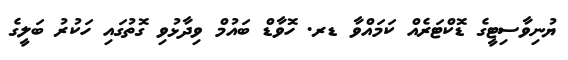
ޔުނިވާސިޓީގެ ޑޮކްޓަރެއް ކަމައްވާ ޑރ. ހޮވާޑް ބައުމް ވިދާޅުވި ގޮތުގައި ހަކުރު ބަލީގެ